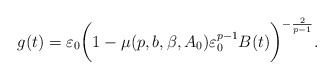
\begin{align*}g(t)= \varepsilon_0\bigg( 1 - \mu (p,b,\beta ,A_0) \varepsilon _0^{p-1}B(t) \bigg)^{- \frac{2}{p-1}}.\end{align*}